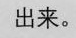
出来。